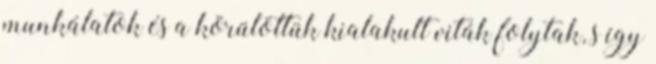
munkálatok és a körülöttük kialakult viták folytak, s így